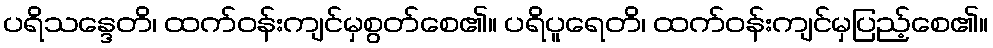
ပရိသန္ဒေတိ၊ ထက်ဝန်းကျင်မှစွတ်စေ၏။ ပရိပူရေတိ၊ ထက်ဝန်းကျင်မှပြည့်စေ၏။